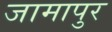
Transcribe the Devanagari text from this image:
जामापुर